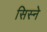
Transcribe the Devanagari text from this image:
सिस्ने